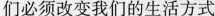
我 们必须改变我们的生活方式